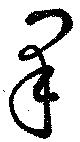
果